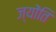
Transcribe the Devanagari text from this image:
ज्योंति